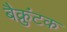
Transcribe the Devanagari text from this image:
बैक्रुंटक